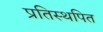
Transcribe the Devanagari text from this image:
प्रतिस्थपित